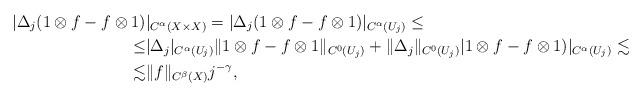
LaTeX: \begin{align*}|\Delta_j(1\otimes f-f\otimes 1)&|_{C^\alpha(X\times X)}=|\Delta_j(1\otimes f-f\otimes 1)|_{C^\alpha(U_j)}\leq\\\leq & |\Delta_j|_{C^\alpha(U_j)}\|1\otimes f-f\otimes 1\|_{C^0(U_j)}+\|\Delta_j\|_{C^0(U_j)}|1\otimes f-f\otimes 1)|_{C^\alpha(U_j)}\lesssim \\\lesssim&\|f\|_{C^\beta(X)} j^{-\gamma},\end{align*}